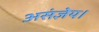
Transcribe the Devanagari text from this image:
असंज्ञेय।